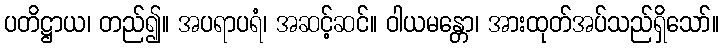
ပတိဋ္ဌာယ၊ တည်၍။ အပရာပရံ၊ အဆင့်ဆင်။ ဝါယမန္တော၊ အားထုတ်အပ်သည်ရှိသော်။